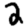
Digit: 2